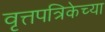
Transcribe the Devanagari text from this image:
वृत्तपत्रिकेच्या